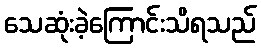
သေဆုံးခဲ့ကြောင်းသိရသည်